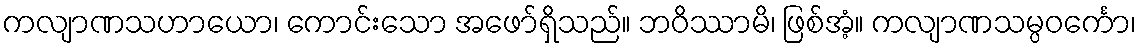
ကလျာဏသဟာယော၊ ကောင်းသော အဖော်ရှိသည်။ ဘဝိဿာမိ၊ ဖြစ်အံ့။ ကလျာဏသမ္ပဝင်္ကော၊